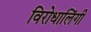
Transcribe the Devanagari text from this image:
विरोधालिंगी